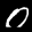
Label: 0